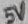
Text: 5V